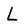
Character: L